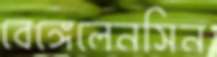
বেঙ্গেলেনসিন